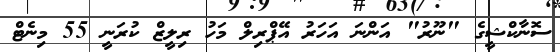
ސޮނާކްޝީގެ "ނޫރު" އަންނަ އަހަރު އޭޕްރިލް މަހު ރިލީޒް ކުރަނީ 55 މިނެޓް